Lunatic asylums Madras 1877-1891 - 1877-1891
Year: 1877
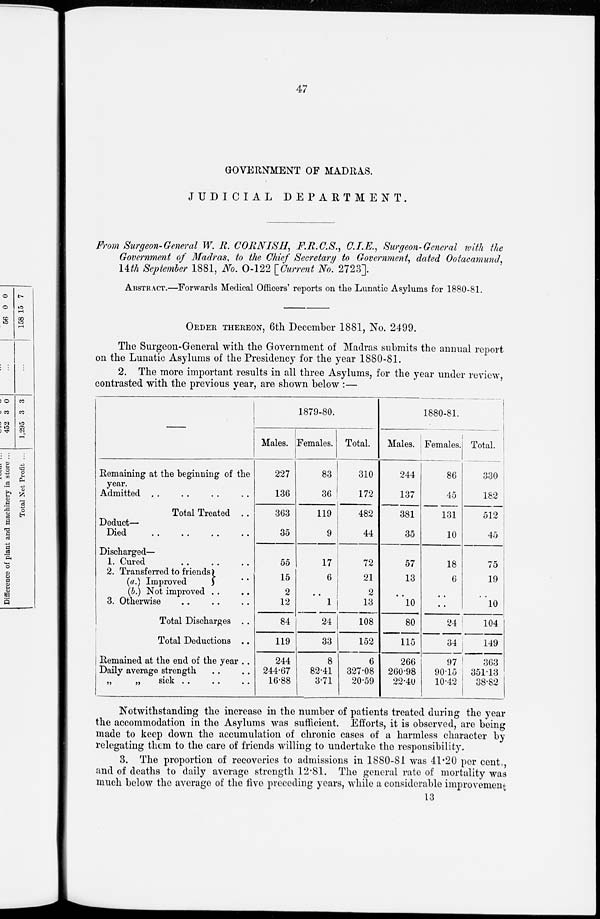
47
GOVERNMENT OF MADRAS.
JUDICIAL
DEPARTMENT.
From Surgeon-General W. R. CORNISH, F.R.C.S., C.I.E., Surgeon-General with the
Government of Madras, to the Chief Secretary to Government, dated Ootacamund,
14th September 1881, No. 0-122 [Current No. 2723].
ABSTRACT.—Forwards Medical Officers' reports on the Lunatic Asylums for 1880-81.
ORDER THEREON, 6th December 1881, No. 2499.
The Surgeon-General with the Government of Madras submits the annual report
on the Lunatic Asylums of the Presidency for the year 1880-81.
2. The more important results in all three Asylums, for the year under review
contrasted with the previous year, are shown below :—
—
Remaining at the beginning of the
year.
Admitted .. .. .. ..
Total Treated
..
Deduct —
Died
..
..
..
..
Discharged—
1. Cured .. .. ..
2. Transferred to friends
(a.) Improved
..
(b.) Not improved ..
3. Otherwise .. .. ..
Total Discharges ..
Total Deductions ..
Remained at the end of the year ..
Daily average strength .. ..
„ „ sick .. .. ..
1879-80.
Males.
227
136
363
35
55
15
2
12
84
119
244
244.67
16.88
Females.
83
36
119
9
17
6
..
1
24
33
8
82.41
3.71
Total.
310
172
482
44
72
21
2
13
108
152
6
327.08
20.59
1880-81.
Males.
244
137
381
35
57
13
..
10
80
115
266
260.98
22.40
Females.
86
45
131
10
18
6
..
..
24
34
97
90.15
10.42
Total.
330
182
512
45
75
19
..
10
104
149
363
351.13
38.82
Notwithstanding the increase in the number of patients treated during the year
the accommodation in the Asylums was sufficient. Efforts, it is observed, are being
made to keep down the accumulation of chronic cases of a harmless character by
relegating them to the care of friends willing to undertake the responsibility.
3. The proportion of recoveries to admissions in 1880-81 was 41.20 per cent.,
and of deaths to daily average strength 12.81. The general rate of mortality was
much below the average of the five preceding years, while a considerable improvement
13